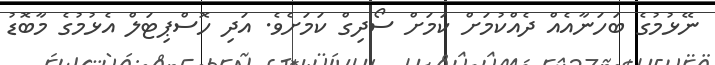
ނޭޅުމުގެ ބަހަނާއެއް ދެއްކުމަށް ކަމަށް ސޯދިގް ކަމަށެވެ. އަދި ހޮސްޕިޓަލް އެޅުމުގެ މާބޮޑު